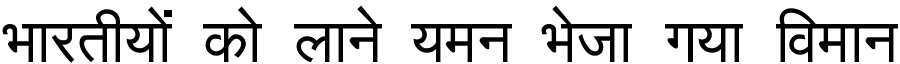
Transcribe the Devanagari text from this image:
भारतीयों को लाने यमन भेजा गया विमान